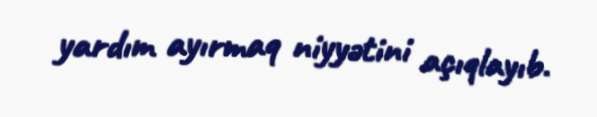
yardım ayırmaq niyyətini açıqlayıb.